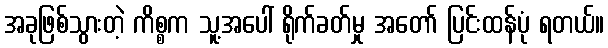
အခုဖြစ်သွားတဲ့ ကိစ္စက သူ့အပေါ် ရိုက်ခတ်မှု အတော် ပြင်းထန်ပုံ ရတယ်။